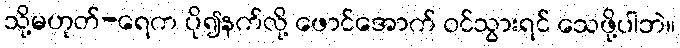
သို့မဟုတ်-ရေက ပို၍နက်လို့ ဖောင်အောက် ဝင်သွားရင် သေဖို့ပါဘဲ။